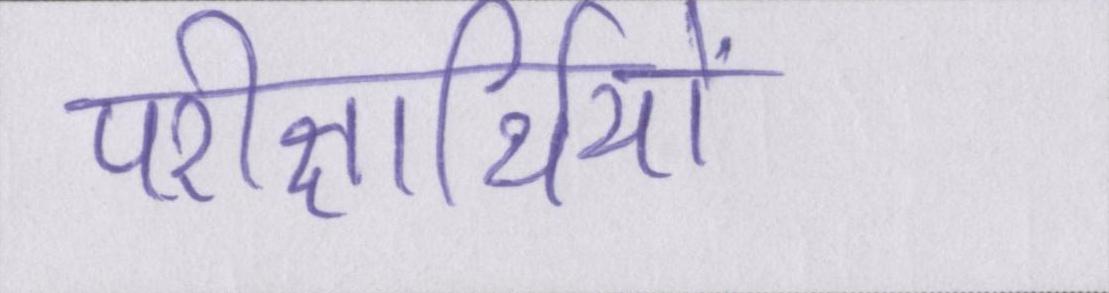
परीक्षार्थियों